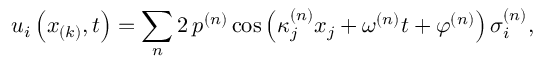
u _ { i } \left( x _ { ( k ) } , t \right) = \sum _ { n } 2 \, p ^ { ( n ) } \cos \left( \kappa _ { j } ^ { ( n ) } x _ { j } + \omega ^ { ( n ) } t + \varphi ^ { ( n ) } \right) \sigma _ { i } ^ { ( n ) } ,